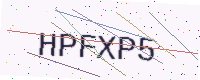
Text: HPFXP5